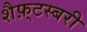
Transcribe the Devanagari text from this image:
शैफ़्टस्बरी